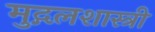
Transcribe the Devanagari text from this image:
मुद्गलशास्त्री